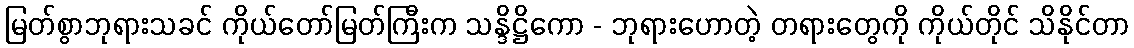
မြတ်စွာဘုရားသခင် ကိုယ်တော်မြတ်ကြီးက သန္ဒိဋ္ဌိကော - ဘုရားဟောတဲ့ တရားတွေကို ကိုယ်တိုင် သိနိုင်တာ